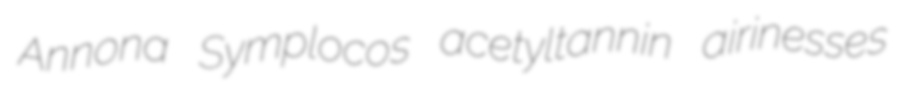
Annona Symplocos acetyltannin airinesses